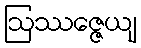
ဩဿဇ္ဇေယျ